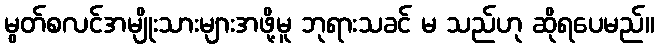
မွတ်စလင်အမျိုးသားများအဖို့မူ ဘုရားသခင် မ သည်ဟု ဆိုရပေမည်။